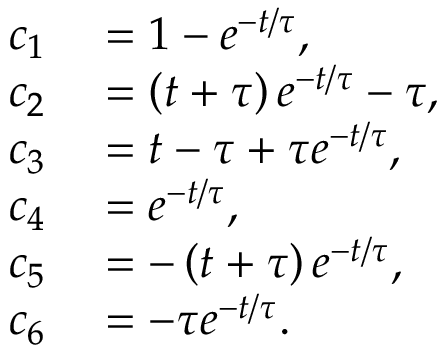
\begin{array} { r l } { c _ { 1 } } & { { } = 1 - e ^ { - t / \tau } , } \\ { c _ { 2 } } & { { } = \left( t + \tau \right) e ^ { - t / \tau } - \tau , } \\ { c _ { 3 } } & { { } = t - \tau + \tau e ^ { - t / \tau } , } \\ { c _ { 4 } } & { { } = e ^ { - t / \tau } , } \\ { c _ { 5 } } & { { } = - \left( t + \tau \right) e ^ { - t / \tau } , } \\ { c _ { 6 } } & { { } = - \tau e ^ { - t / \tau } . } \end{array}